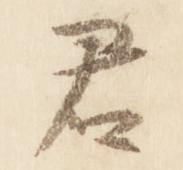
君